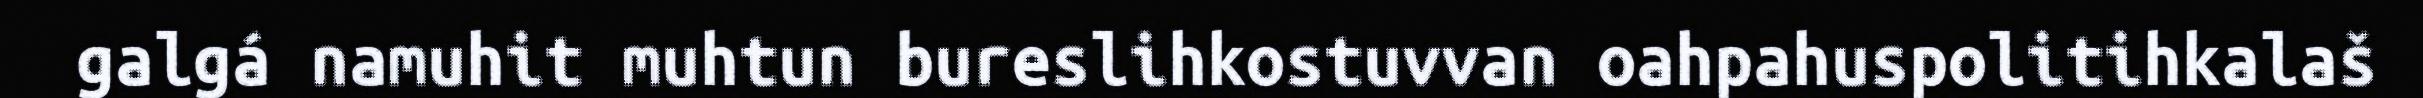
galgá namuhit muhtun bureslihkostuvvan oahpahuspolitihkalaš